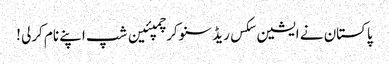
پاکستان نے ایشین سکس ریڈ سنوکر چمپئین شپ اپنے نام کرلی !